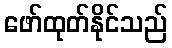
ဖော်ထုတ်နိုင်သည်